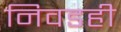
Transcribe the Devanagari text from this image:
निवडही